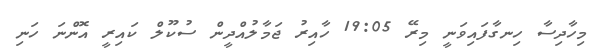
މިހާދިސާ ހިނގާފައިވަނީ މިރޭ 19:05 ހާއިރު ޖަމާލުއްދީން ސުކޫލް ކައިރީ އޮންނަ ހަނި